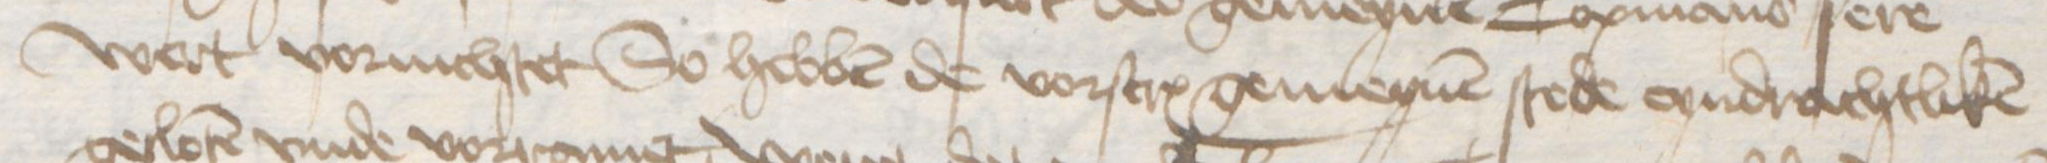
wert vornichtet So hebben de vorscreuen gemeynen stede eyndrachtliken